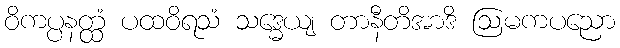
ဝိကပ္ပနတ္ထံ ပထဝိရသံ သဒ္ဓေယျ တာနီတိအာဒိ ဩမကပညော